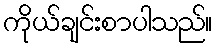
ကိုယ်ချင်းစာပါသည်။